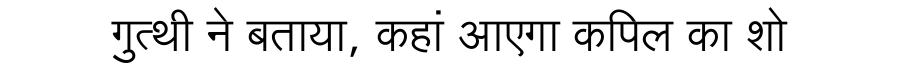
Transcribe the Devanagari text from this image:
गुत्थी ने बताया, कहां आएगा कपिल का शो